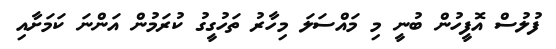
ފުލުސް އޮފީހުން ބުނީ މި މައްސަލަ މިހާރު ތަހުގީގު ކުރަމުން އަންނަ ކަމަށާއި